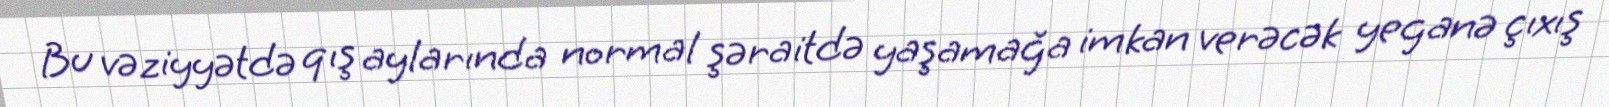
Bu vəziyyətdə qış aylarında normal şəraitdə yaşamağa imkan verəcək yeganə çıxış